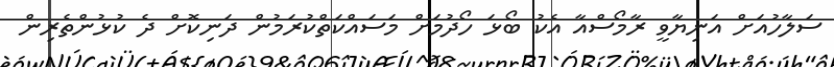
ސަލާހުއަށް އަނިޔާވީ ރާމޯސްއާ އެކު ބޯޅަ ހޯދުމަށް މަސައްކަތްކުރަމުން ދަނިކޮށް ދެ ކުޅުންތެރިން